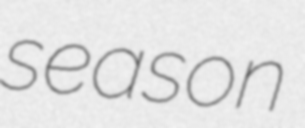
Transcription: season